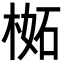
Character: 𣔧